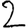
Digit: 2